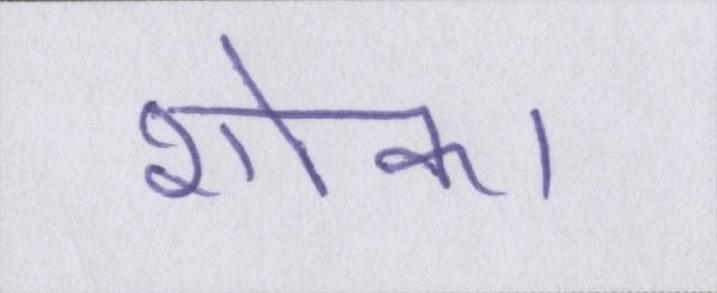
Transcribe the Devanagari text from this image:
शोक।